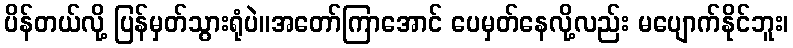
ပိန်တယ်လို့ ပြန်မှတ်သွားရုံပဲ။အတော်ကြာအောင် ပေမှတ်နေလို့လည်း မပျောက်နိုင်ဘူး၊